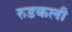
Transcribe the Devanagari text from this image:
रुडकली